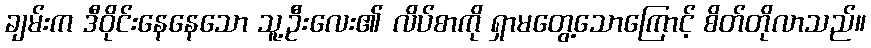
ချမ်းက ဒီဝိုင်းနေနေသော သူ့ဦးလေး၏ လိပ်စာကို ရှာမတွေ့သောကြောင့် စိတ်တိုလာသည်။